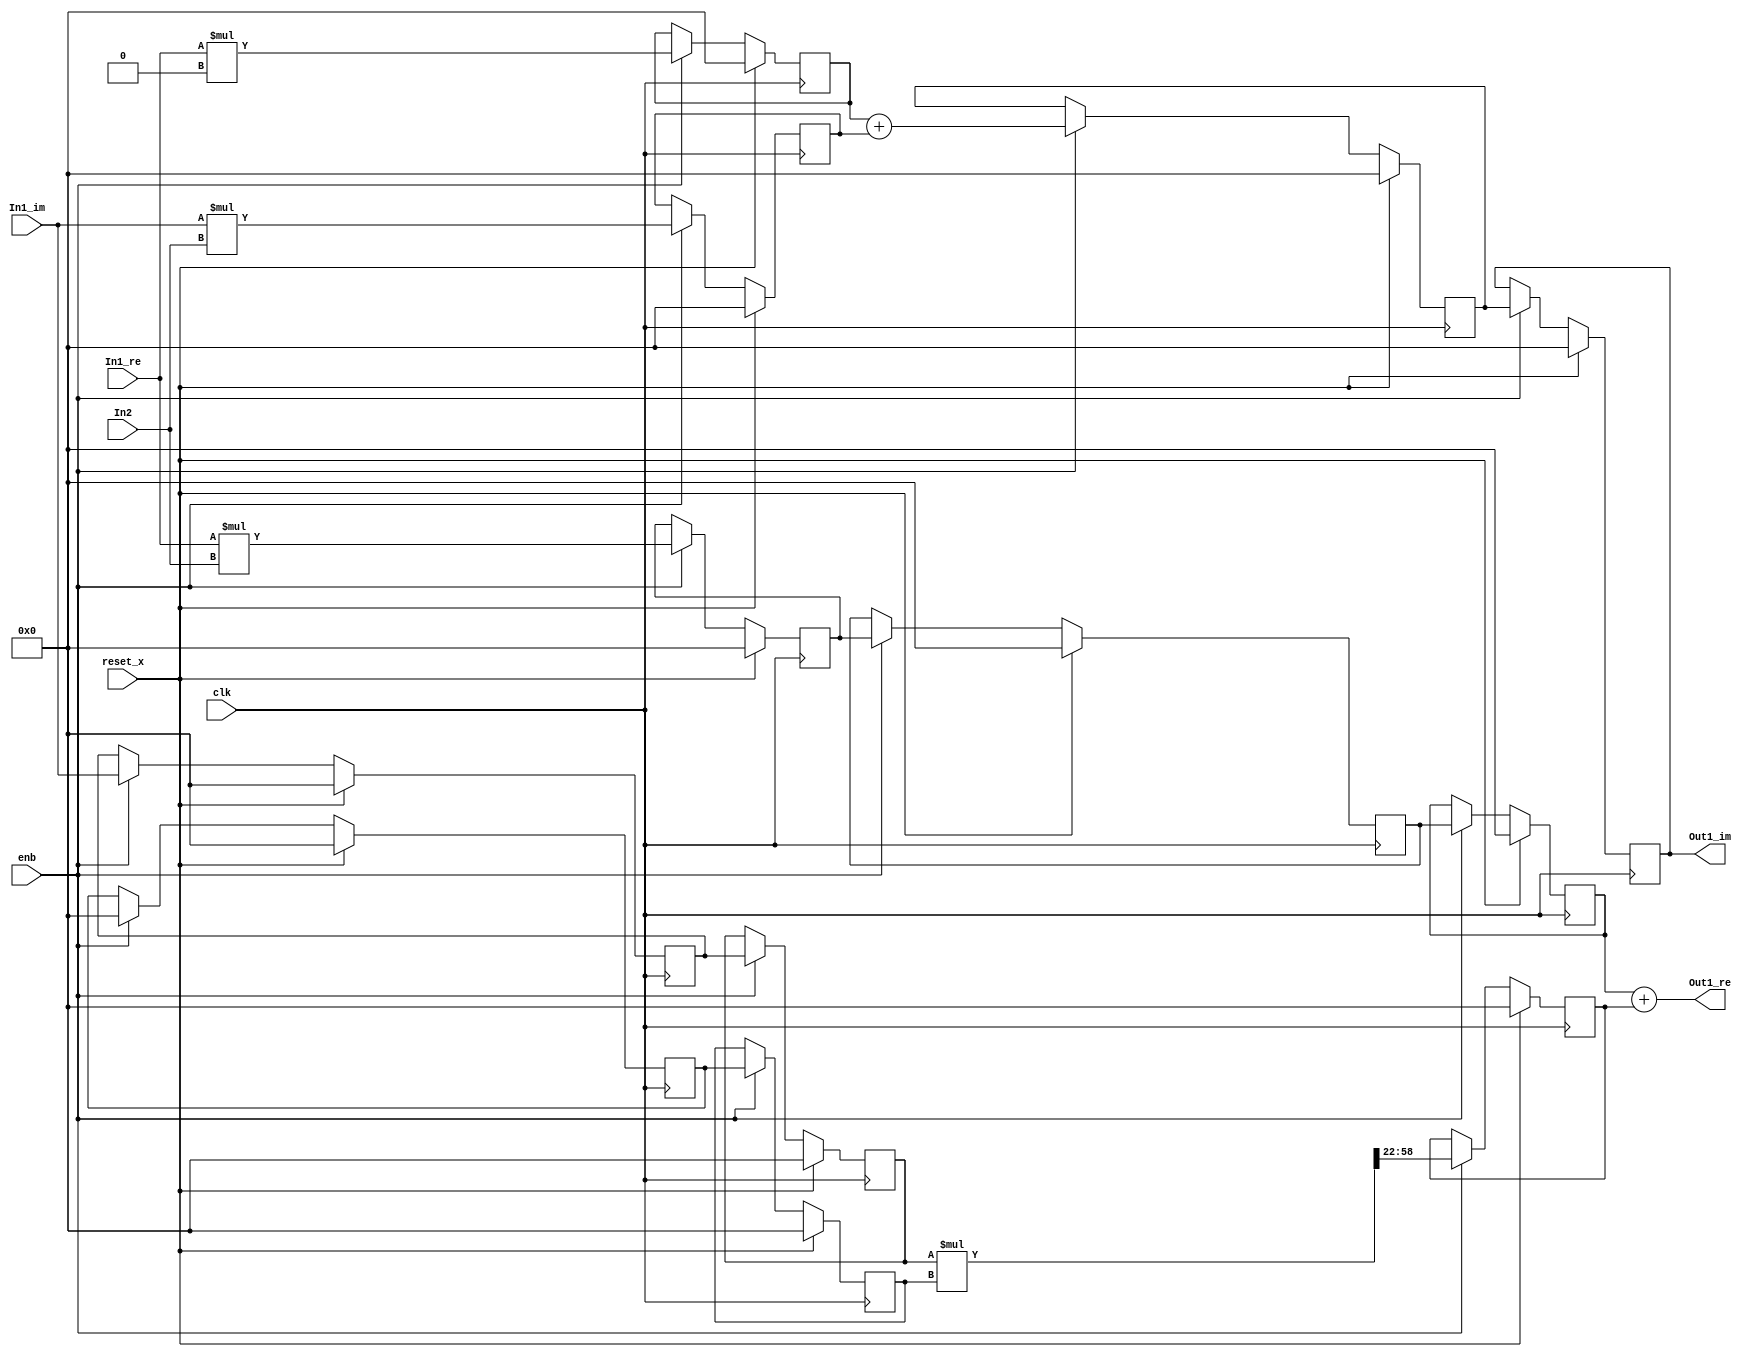
// -------------------------------------------------------------
// 
// 
// Generated by MATLAB 9.8 and HDL Coder 3.16
// 
// -------------------------------------------------------------


// -------------------------------------------------------------
// 
// Module: Complex_multiplication
// Source Path: newhope_cambios/FDHT/DFT/DFT10 - block/DFT2-column 1/DFT2-2/Complex-multiplication
// Hierarchy Level: 5
// 
// -------------------------------------------------------------

`timescale 1 ns / 1 ns

module Complex_multiplication
          (clk,
           reset_x,
           enb,
           In1_re,
           In1_im,
           In2,
           Out1_re,
           Out1_im);


  input   clk;
  input   reset_x;
  input   enb;
  input   signed [36:0] In1_re;  // sfix37_En22
  input   signed [36:0] In1_im;  // sfix37_En22
  input   signed [1:0] In2;  // sfix2
  output  signed [36:0] Out1_re;  // sfix37_En22
  output  signed [36:0] Out1_im;  // sfix37_En22


  wire signed [1:0] Complex_to_Real_Imag2_out1;  // sfix2
  wire signed [1:0] Complex_to_Real_Imag2_out2;  // sfix2
  wire signed [38:0] Product_mul_temp;  // sfix39_En22
  wire signed [36:0] Product_out1;  // sfix37_En22
  reg signed [36:0] delayMatch1_reg [0:2];  // sfix37 [3]
  wire signed [36:0] delayMatch1_reg_next [0:2];  // sfix37_En22 [3]
  wire signed [36:0] Product_out1_1;  // sfix37_En22
  reg signed [36:0] HwModeRegister_reg [0:1];  // sfix37 [2]
  wire signed [36:0] HwModeRegister_reg_next [0:1];  // sfix37_En22 [2]
  wire signed [36:0] Complex_to_Real_Imag1_out2;  // sfix37_En22
  wire signed [1:0] Constant_out1;  // sfix2
  wire signed [3:0] Product4_mul_temp;  // sfix4
  wire signed [36:0] Product4_out1;  // sfix37_En22
  reg signed [36:0] HwModeRegister1_reg [0:1];  // sfix37 [2]
  wire signed [36:0] HwModeRegister1_reg_next [0:1];  // sfix37_En22 [2]
  wire signed [36:0] Product4_out1_1;  // sfix37_En22
  wire signed [73:0] Product1_mul_temp;  // sfix74_En44
  wire signed [36:0] Product1_out1;  // sfix37_En22
  reg signed [36:0] Product1_out1_1;  // sfix37_En22
  wire signed [36:0] Sum_out1;  // sfix37_En22
  wire signed [38:0] Product2_mul_temp;  // sfix39_En22
  wire signed [36:0] Product2_out1;  // sfix37_En22
  reg signed [36:0] Product2_out1_1;  // sfix37_En22
  wire signed [38:0] Product3_mul_temp;  // sfix39_En22
  wire signed [36:0] Product3_out1;  // sfix37_En22
  reg signed [36:0] Product3_out1_1;  // sfix37_En22
  wire signed [36:0] Sum1_out1;  // sfix37_En22
  reg signed [36:0] delayMatch2_reg [0:1];  // sfix37 [2]
  wire signed [36:0] delayMatch2_reg_next [0:1];  // sfix37_En22 [2]
  wire signed [36:0] Sum1_out1_1;  // sfix37_En22


  assign Complex_to_Real_Imag2_out1 = In2;
  assign Complex_to_Real_Imag2_out2 = 2'sb00;



  assign Product_mul_temp = In1_re * Complex_to_Real_Imag2_out1;
  assign Product_out1 = Product_mul_temp[36:0];



  always @(posedge clk)
    begin : delayMatch1_process
      if (reset_x == 1'b1) begin
        delayMatch1_reg[0] <= 37'sh0000000000;
        delayMatch1_reg[1] <= 37'sh0000000000;
        delayMatch1_reg[2] <= 37'sh0000000000;
      end
      else begin
        if (enb) begin
          delayMatch1_reg[0] <= delayMatch1_reg_next[0];
          delayMatch1_reg[1] <= delayMatch1_reg_next[1];
          delayMatch1_reg[2] <= delayMatch1_reg_next[2];
        end
      end
    end

  assign Product_out1_1 = delayMatch1_reg[2];
  assign delayMatch1_reg_next[0] = Product_out1;
  assign delayMatch1_reg_next[1] = delayMatch1_reg[0];
  assign delayMatch1_reg_next[2] = delayMatch1_reg[1];



  always @(posedge clk)
    begin : HwModeRegister_process
      if (reset_x == 1'b1) begin
        HwModeRegister_reg[0] <= 37'sh0000000000;
        HwModeRegister_reg[1] <= 37'sh0000000000;
      end
      else begin
        if (enb) begin
          HwModeRegister_reg[0] <= HwModeRegister_reg_next[0];
          HwModeRegister_reg[1] <= HwModeRegister_reg_next[1];
        end
      end
    end

  assign Complex_to_Real_Imag1_out2 = HwModeRegister_reg[1];
  assign HwModeRegister_reg_next[0] = In1_im;
  assign HwModeRegister_reg_next[1] = HwModeRegister_reg[0];



  assign Constant_out1 = 2'sb11;



  assign Product4_mul_temp = Complex_to_Real_Imag2_out2 * Constant_out1;
  assign Product4_out1 = {{11{Product4_mul_temp[3]}}, {Product4_mul_temp, 22'b0000000000000000000000}};



  always @(posedge clk)
    begin : HwModeRegister1_process
      if (reset_x == 1'b1) begin
        HwModeRegister1_reg[0] <= 37'sh0000000000;
        HwModeRegister1_reg[1] <= 37'sh0000000000;
      end
      else begin
        if (enb) begin
          HwModeRegister1_reg[0] <= HwModeRegister1_reg_next[0];
          HwModeRegister1_reg[1] <= HwModeRegister1_reg_next[1];
        end
      end
    end

  assign Product4_out1_1 = HwModeRegister1_reg[1];
  assign HwModeRegister1_reg_next[0] = Product4_out1;
  assign HwModeRegister1_reg_next[1] = HwModeRegister1_reg[0];



  assign Product1_mul_temp = Complex_to_Real_Imag1_out2 * Product4_out1_1;
  assign Product1_out1 = Product1_mul_temp[58:22];



  always @(posedge clk)
    begin : PipelineRegister1_process
      if (reset_x == 1'b1) begin
        Product1_out1_1 <= 37'sh0000000000;
      end
      else begin
        if (enb) begin
          Product1_out1_1 <= Product1_out1;
        end
      end
    end



  assign Sum_out1 = Product_out1_1 + Product1_out1_1;



  assign Out1_re = Sum_out1;

  assign Product2_mul_temp = In1_re * Complex_to_Real_Imag2_out2;
  assign Product2_out1 = Product2_mul_temp[36:0];



  always @(posedge clk)
    begin : PipelineRegister2_process
      if (reset_x == 1'b1) begin
        Product2_out1_1 <= 37'sh0000000000;
      end
      else begin
        if (enb) begin
          Product2_out1_1 <= Product2_out1;
        end
      end
    end



  assign Product3_mul_temp = In1_im * Complex_to_Real_Imag2_out1;
  assign Product3_out1 = Product3_mul_temp[36:0];



  always @(posedge clk)
    begin : PipelineRegister3_process
      if (reset_x == 1'b1) begin
        Product3_out1_1 <= 37'sh0000000000;
      end
      else begin
        if (enb) begin
          Product3_out1_1 <= Product3_out1;
        end
      end
    end



  assign Sum1_out1 = Product2_out1_1 + Product3_out1_1;



  always @(posedge clk)
    begin : delayMatch2_process
      if (reset_x == 1'b1) begin
        delayMatch2_reg[0] <= 37'sh0000000000;
        delayMatch2_reg[1] <= 37'sh0000000000;
      end
      else begin
        if (enb) begin
          delayMatch2_reg[0] <= delayMatch2_reg_next[0];
          delayMatch2_reg[1] <= delayMatch2_reg_next[1];
        end
      end
    end

  assign Sum1_out1_1 = delayMatch2_reg[1];
  assign delayMatch2_reg_next[0] = Sum1_out1;
  assign delayMatch2_reg_next[1] = delayMatch2_reg[0];



  assign Out1_im = Sum1_out1_1;

endmodule  // Complex_multiplication